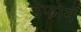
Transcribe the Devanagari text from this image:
डेफोर्म